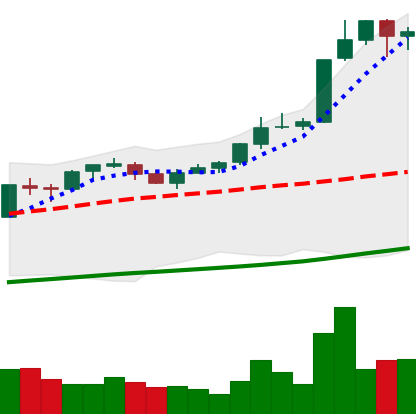
Ticker: BTC-USD
Chart end date: 2017-10-16
Forward return: 5.345%
Label: up_5_7